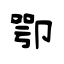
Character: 卾